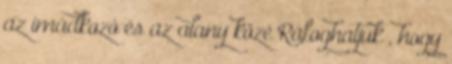
az imádkozó és az alany közé Ráfoghatjuk , hogy